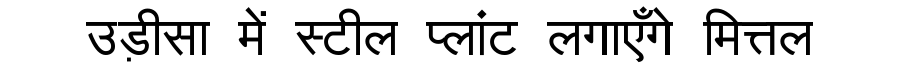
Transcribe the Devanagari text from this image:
उड़ीसा में स्टील प्लांट लगाएँगे मित्तल